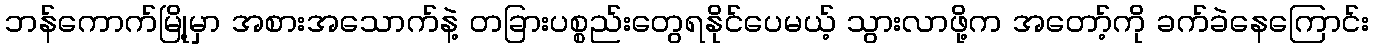
ဘန်ကောက်မြို့မှာ အစားအသောက်နဲ့ တခြားပစ္စည်းတွေရနိုင်ပေမယ့် သွားလာဖို့က အတော့်ကို ခက်ခဲနေကြောင်း